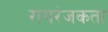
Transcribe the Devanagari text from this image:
रागरंजकता